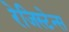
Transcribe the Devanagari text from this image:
रेजिस्टेन्स